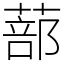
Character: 蔀